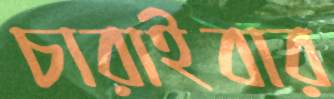
চারাইবার